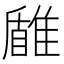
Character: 𩀐